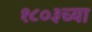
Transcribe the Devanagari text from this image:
१८०३च्या